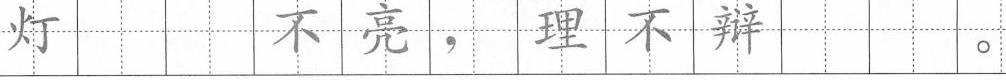
灯 不亮，理不辩 。